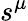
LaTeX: s^{\mu}